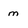
Character: m